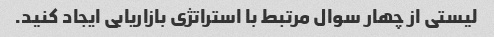
لیستی از چهار سوال مرتبط با استراتژی بازاریابی ایجاد کنید.